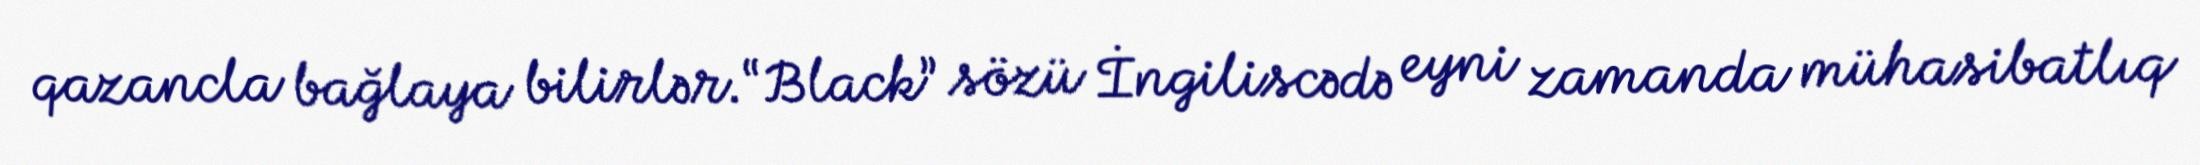
qazancla bağlaya bilirlər.“Black” sözü İngiliscədə eyni zamanda mühasibatlıq